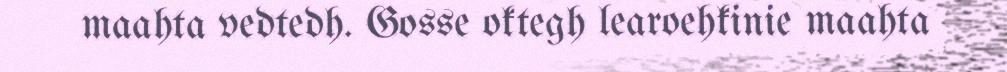
maahta vedtedh. Gosse oktegh learoehkinie maahta